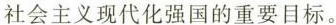
社会主义现代化强国的重要目标。